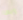
وبها